Annual report of the Central Committee of the Association together with the report of the directors of the Pasteur Institute at Kasauli
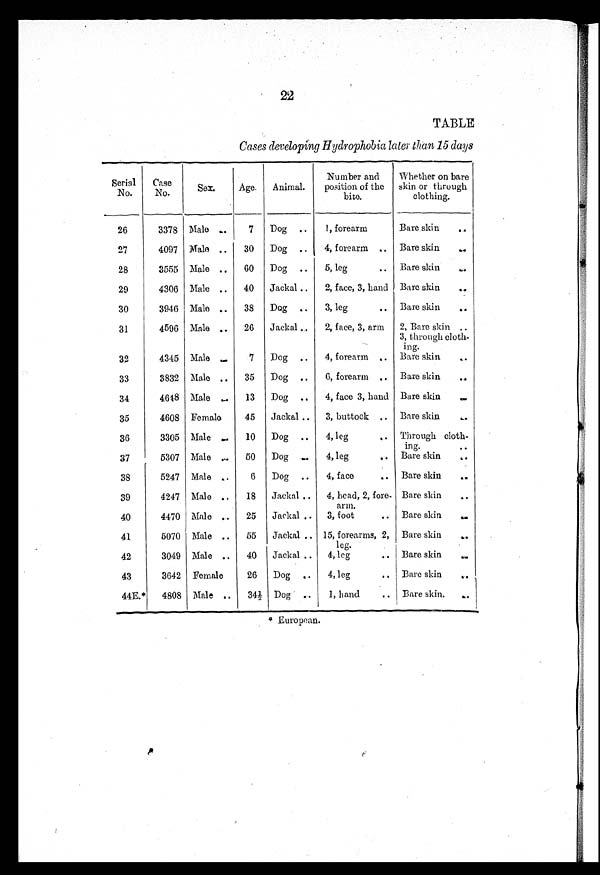
22
TABLE
Cases developing Hydrophobia later than 15 days
Serial
No.
Case
No.
Sex.
Age. Animal.
Number and
position of the
bite.
Whether on bare
skin or through
clothing.
26
3378 Male
7 Dog
1, forearm
Bare skin
27
4097 Male
30 Dog
4, forearm
Bare skin
28
3555 Male
60 Dog
5, leg
Bare skin
29
4306 Male
40 Jackal
2, face, 3, hand Bare skin
30
3946 Male
38 Dog
3, leg
Bare skin
31
4596 Male
26 Jackal
2, face, 3, arm 2, Bare skin
3, through cloth-
ing.
32
4345 Male
7 Dog
4, forearm
Bare skin
33
3832 Male
35 Dog
6, forearm
Bare skin
34
4648 Male
13 Dog
4, face 3, hand Bare skin
35
4608 Female
45 Jackal
3, buttock
Bare skin
36
3305 Male
10 Dog
4, leg
Through cloth-
ing.
37
5307 Male
50 Dog
4, leg
Bare skin
38
5247 Male
6 Dog
4, face
Bare skin
39
4247 Male
18 Jackal
4, head, 2, fore-
arm.
Bare skin
40
4470 Male
25 Jackal
3, foot
Bare skin
41
5070 Male
55 Jackal
15, forearms, 2,
leg.
Bare skin
42
3049 Male
40 Jackal
4, leg
Bare skin
43
3642 Female
26 Dog
4, leg
Bare skin
44E.* 4808 Male
34½ Dog
1, hand
Bare skin
*European.